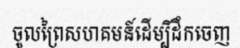
ចូលព្រៃសហគមន៍ដើម្បីដឹកចេញ